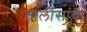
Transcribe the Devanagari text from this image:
तालीसाचा